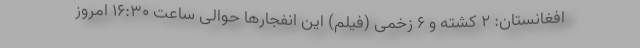
افغانستان: 2 کشته و 6 زخمی (فیلم) این انفجارها حوالی ساعت 16:30 امروز